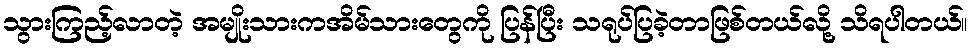
သွားကြည့်လာတဲ့ အမျိုးသားကအိမ်သားတွေကို ပြန်ပြီး သရုပ်ပြခဲ့တာဖြစ်တယ်လို့ သိရပါတယ်။